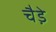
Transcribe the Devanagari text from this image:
चैडे़